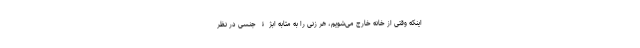
اینکه وقتی از خانه خارج می‌شویم، هر زنی را به مثابه ابژۀ جنسی در نظر